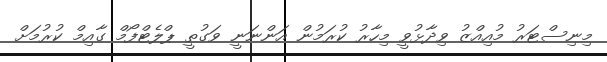
މިނިސްޓަރު މުއިއްޒު ވިދާޅުވީ މިހާރު ކުރަމުން އަންނަނީ ވަގުތީ ޕްލެޓްފޯމް ގާއިމް ކުރުމަށް